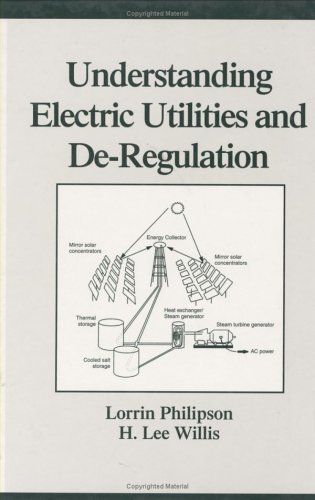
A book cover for Understanding Electric Utilities and De-Regulation (Power Engineering); Lorrin Philipson; Law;